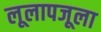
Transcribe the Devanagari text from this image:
लूलापजूला